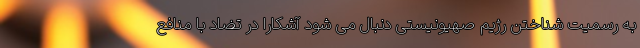
به رسمیت شناختن رژیم صهیونیستی دنبال می شود آشکارا در تضاد با منافع